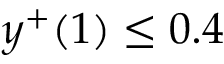
y ^ { + } ( 1 ) \leq 0 . 4